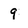
Character: 9